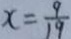
x = \frac { 9 } { 1 9 }